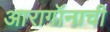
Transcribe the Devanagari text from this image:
आरागॉनाची